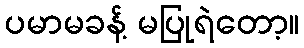
ပမာမခန့် မပြုရဲတော့။